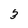
Character: 3